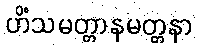
ဟိံသမတ္တာနမတ္တနာ